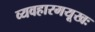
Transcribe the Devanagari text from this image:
व्यवहारमयूखः